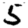
Digit: 5